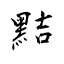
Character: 黠